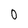
Character: 0